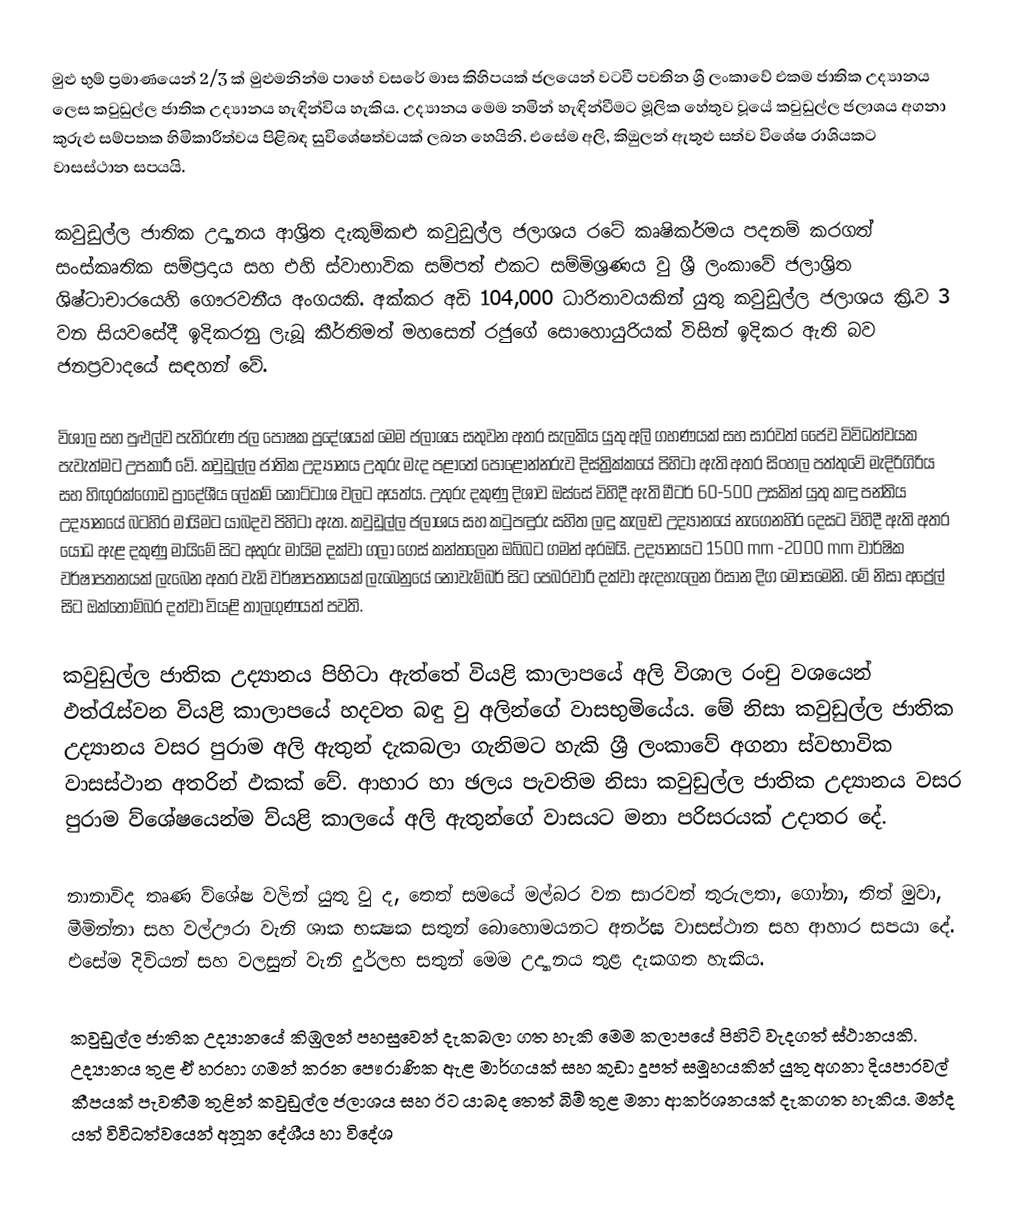
මුළු භුම් ප්‍රමාණයෙන් 2/3 ක් මුළුමනින්ම පාහේ වසරේ මාස කිහිපයක් ජලයෙන් වටවී පවතින ශ්‍රී ලංකාවේ එකම ජාතික උද්‍යානය ලෙස කවුඩුල්ල ජාතික උද්‍යානය හැඳින්විය හැකිය. උද්‍යානය මෙම නමින් හැඳින්වීමට මූලික හේතුව වූයේ කවුඩුල්ල ජලාශය අගනා කුරුළු සම්පතක හිමිකාරීත්වය පිළිබඳ සුවිශේෂත්වයක් ලබන හෙයිනි. එසේම අලි, කිඔුලන් ඇතුළු සත්ව විශේෂ රාශියකට වාසස්ථාන සපයයි.

කවුඩුල්ල ජාතික උද්‍යානය ආශ්‍රිත දැකුම්කළු කවුඩුල්ල ජලාශය රටේ කෘෂිකර්මය පදනම් කරගත් සංස්කෘතික සම්ප්‍රදාය සහ එහි ස්වාභාවික සම්පත් එකට සම්මිශ්‍රණය වු ශ්‍රී ලංකාවේ ජලාශ්‍රිත ශිෂ්ටාචාරයෙහි ගෞරවනීය අංගයකි. අක්කර අඩි 104,000 ධාරිතාවයකින් යුතු කවුඩුල්ල ජලාශය  ක්‍රි.ව 3 වන සියවසේදී ඉදිකරනු ලැබූ කීර්තිමත් මහසෙන් රජුගේ සොහොයුරියක් විසින් ඉදිකර ඇති බව ජනප්‍රවාදයේ සඳහන් වේ.

විශාල සහ පුළුල්ව පැතිරුණ ජල පෝෂක ප්‍රදේශයක් මෙම ජලාශය සතුවන අතර සැලකිය යුතු අලි ගහණයක් සහ සාරවත් ජෛව විවිධත්වයක පැවැත්මට උපකාරී වේ. කවුඩුල්ල ජාතික උද්‍යානය උතුරු මැද පළාතේ පොළොන්නරුව දිස්ත්‍රික්කයේ පිහිටා ඇති අතර සිංහල පත්තුවේ මැදිරිගිරිය සහ හිඟුරක්ගොඩ ප්‍රාදේශීය ලේකම් කොට්ටාශ වලට අයත්ය. උතුරු දකුණු දිශාව ඔස්සේ විහිදී ඇති මීටර් 60-500 උසකින් යුතු කඳු පන්තිය උද්‍යානයේ බටහිර මායිමට යාබදව පිහිටා ඇත. කවුඩුල්ල ජලාශය සහ කටුපඳුරු සහිත ලඳු කැලෑව උද්‍යානයේ නැගෙනහිර දෙසට විහිදී ඇති අතර යෝධ ඇළ දකුණු මායිමේ සිට අතුරු මායිම දක්වා ගලා ගෙස් කන්තලෙන ඔබ්බට ගමන් අරඔයි. උද්‍යානයට 1500 mm -2000 mm වාර්ෂික වර්ෂාපතනයක් ලැබෙන අතර වැඩි වර්ෂාපතනයක් ලැබෙනුයේ නොවැම්බර් සිට පෙබරවාරි දක්වා ඇදහැලෙන ඊසාන දිග මෝසමෙනි. මේ නිසා අප්‍රේල් සිට  ඔක්තෝම්බර දත්වා වියළි තාලගුණයත් පවති.

කවුඩුල්ල  ජාතික උද්‍යානය පිහිටා ඇත්තේ වියළි කාලාපයේ අලි විශාල රංචු වශයෙන් ඵත්රැස්වන වියළි කාලාපයේ හදවත බඳු වු අලින්ගේ වාසභුමියේය. මේ නිසා කවුඩුල්ල  ජාතික උද්‍යානය වසර පුරාම අලි ඇතුන් දැකබලා ගැනිමට හැකි ශ්‍රී ලංකාවේ අගනා ස්වභාවික වාසස්ථාන අතරින් ඵකක් වේ. ආහාර හා ඡලය පැවතිම නිසා කවුඩුල්ල ජාතික උද්‍යානය වසර පුරාම ව්ශේෂයෙන්ම ව්යළි කාලයේ අලි ඇතුන්ගේ වාසයට මනා පරිසරයක් උදාතර දේ.

නානාවිද තෘණ ව්ශේෂ වලින් යුතු වු ද, තෙත් සමයේ මල්බර වන සාරවත් තුරුලතා, ගෝනා, තිත් මුවා, මීමින්නා සහ වල්ඌරා වැනි ශාක භක්‍ෂක සතුන් බොහොමයනට අනර්ඝ වාසස්ථාන සහ ආහාර සපයා දේ. එසේම දිවියන් සහ වලසුන් වැනි දුර්ලභ සතුන් මෙම උද්‍යානය තුළ දැකගත හැකිය.

කවුඩුල්ල ජාතික උද්‍යානයේ කිඹුලන් පහසුවෙන් දැකබලා ගත හැකි මෙම කලාපයේ පිහිටි වැදගත් ස්ථානයකි. උද්‍යානය තුළ ඒ හරහා ගමන් කරන පෞරාණික ඇළ මාර්ගයක් සහ කුඩා දූපත් සමූහයකින් යුතු අගනා දියපාරවල් කීපයක් පැවතීම තුළින් කවුඩුල්ල ජලාශය සහ ඊට යාබද තෙත් බිම් තුළ මනා ආකර්ශනයක් දැකගත හැකිය. මන්ද යත් විවිධත්වයෙන් අනූන දේශීය හා විදේශ